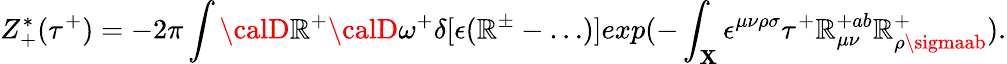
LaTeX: Z_{+}^{*}(\tau^{+})=-2\pi\int{\calD}\mathbb{R}^{+}{\calD}\omega^{+}\delta[\epsilon(\mathbb{R}^{\pm}-\dots)]exp(-\int_{\mathbf{X}}\epsilon^{\mu\nu\rho\sigma}\tau^{+}\mathbb{R}_{\mu\nu}^{+ab}\mathbb{R}_{\rho\sigmaab}^{+}).